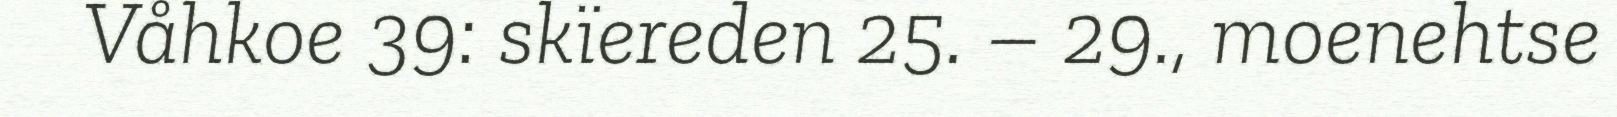
Våhkoe 39: skïereden 25. – 29., moenehtse